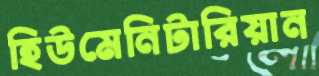
হিউমেনিটারিয়ান